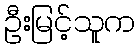
ဦးမြင့်သူက